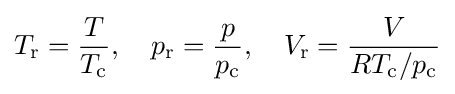
T_{\text{r}}={\frac {T}{T_{\text{c}}}},\quad p_{\text{r}}={\frac {p}{p_{\text{c}}}},\quad V_{\text{r}}={\frac {V}{RT_{\text{c}}/p_{\text{c}}}}